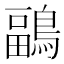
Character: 鶝